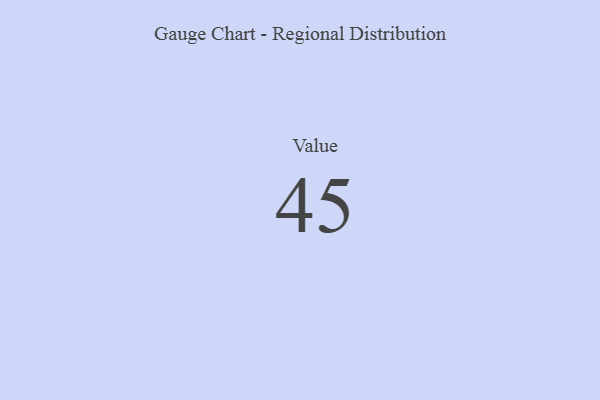
{"axis": {"x": "Metric", "y": "Value"}, "legend": [""], "data": [{"x": "Value", "y": 45, "type": ""}]}